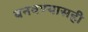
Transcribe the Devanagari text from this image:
बनवण्यासही